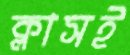
ক্লাসই